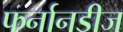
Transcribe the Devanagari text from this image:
फर्नानडीज